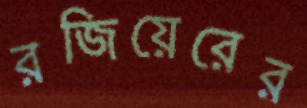
রজিয়েরের